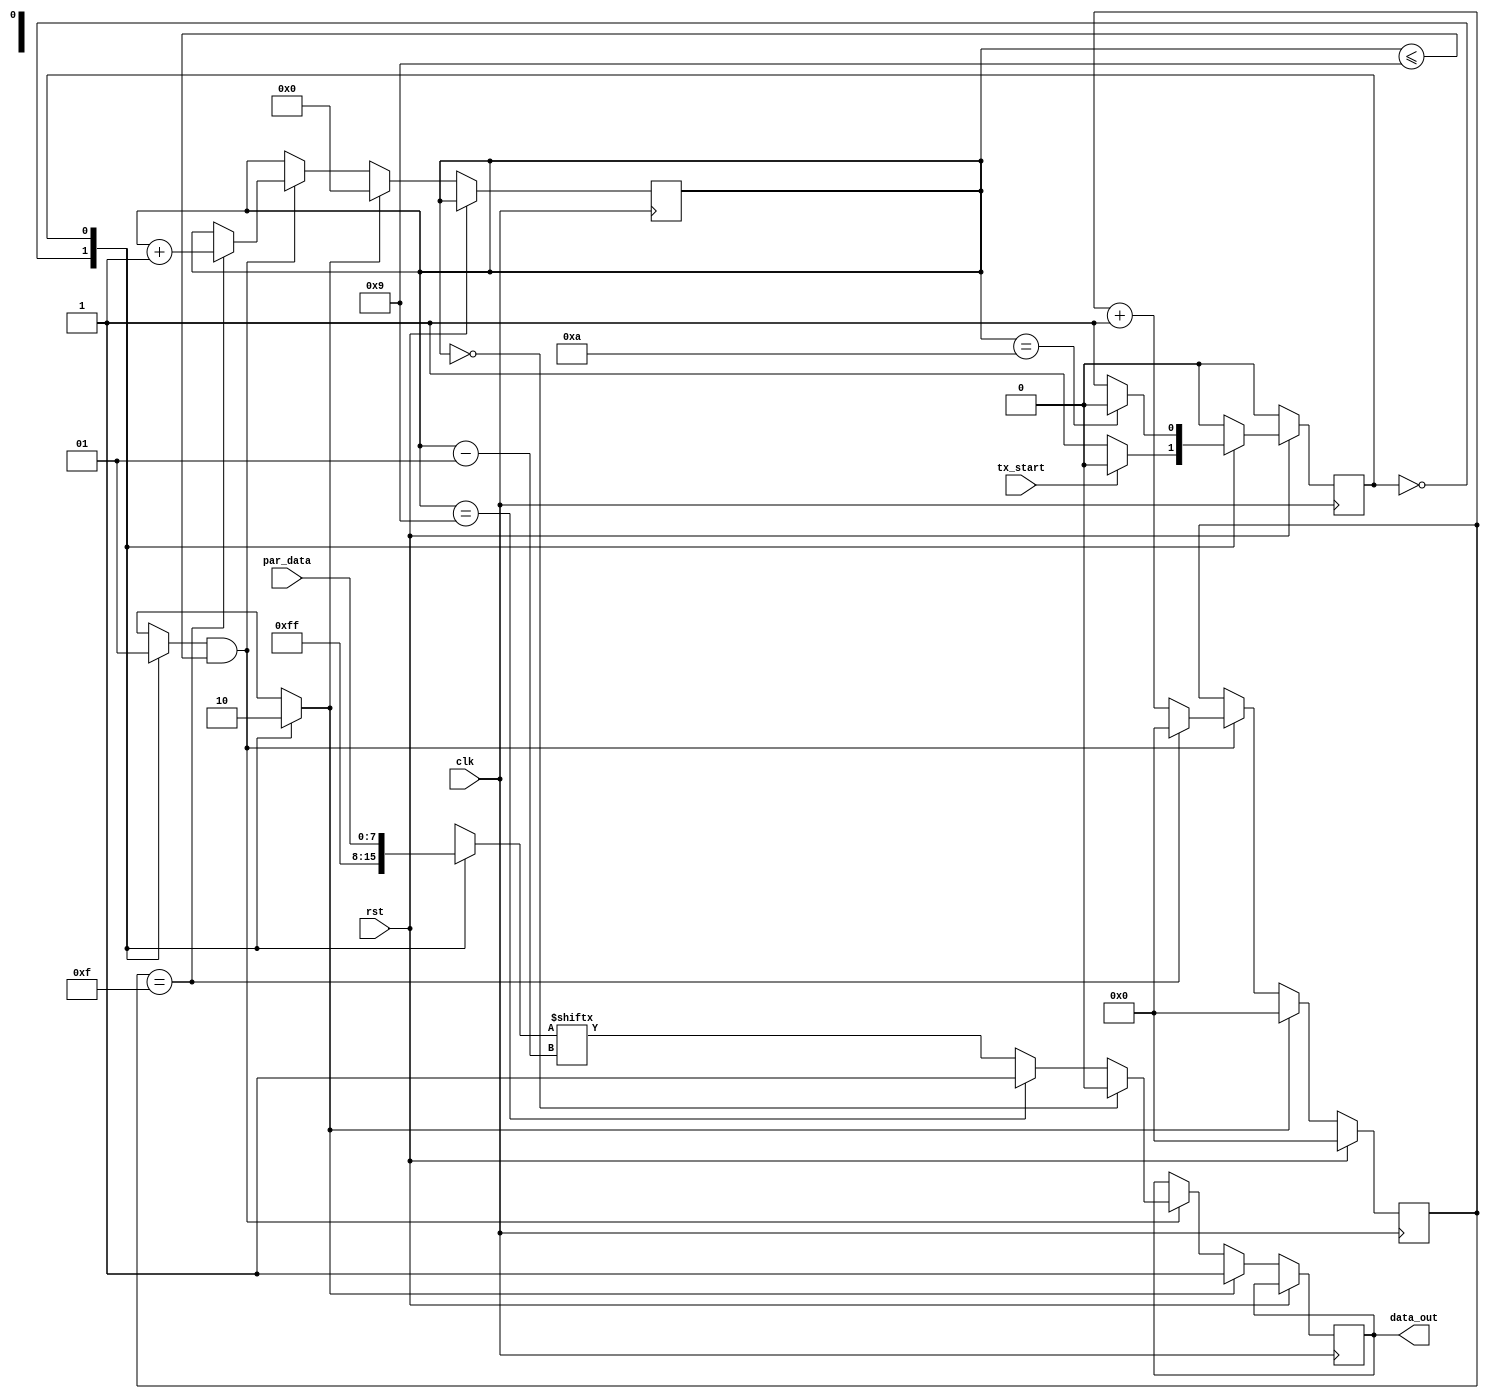
module transmitter(clk,rst,tx_start,par_data,data_out);

input clk,rst,tx_start;
input [7:0] par_data;
output reg data_out;

parameter idle=1'b0,load_and_send=1'b1;

reg state;
reg [7:0] tx_buf;
reg [3:0] count;
reg clr_count,begin_tx,tx_done;
integer bit_count;

always @(posedge clk)
begin
	if(!rst)								// Since push button gives logic 0 when pressed
	state<=idle;

	else
	begin

		case(state)

		idle:
			if(!tx_start)				// Since push button gives logic 0 when pressed
			state<=load_and_send; 

		load_and_send:
			begin
			
			if(bit_count == 10)
			begin
				state<=idle;
				tx_done<=1;
			
			end
			
			end
		
		default:
		state<=idle;

		endcase

	end

end


always @(*)
begin

	case(state)

	idle:
		begin
		clr_count<=1;
		begin_tx<=0;
		tx_buf<=8'hff;

		end

	load_and_send:
		begin
		tx_buf<=par_data;
		clr_count<=0;
		begin_tx<=1;

		end
	
	default:
		begin
		clr_count<=1;
		begin_tx<=0;
		tx_buf<=8'hff;
		
		end

	endcase

end


always @(posedge clk)
begin
	if(rst)
	count<=4'b0000;
	
	else
	begin

		if(clr_count)
		begin
			count<=4'b0000;
			data_out<=1;
			bit_count<=0;

		end

		else if(begin_tx && (bit_count<=9))
		begin

			if(bit_count == 0)
				data_out<=0;
			else if(bit_count == 9)
				data_out<=1;
			else
				data_out<=tx_buf[bit_count-1];

			if(count==15)
			begin
				bit_count<=bit_count + 4'b0001;
				count<=4'b0000;
			end

			else 
				count<=count + 4'b0001;

		end

	end

end

endmodule